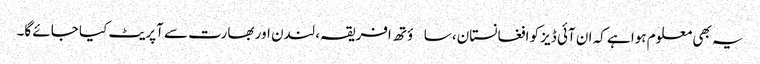
یہ بھی معلوم ہوا ہے کہ ان آئی ڈیز کو افغانستان، ساؤتھ افریقہ، لندن اور بھارت سے آپریٹ کیا جائے گا۔